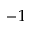
- 1